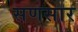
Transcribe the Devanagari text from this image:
सणसार